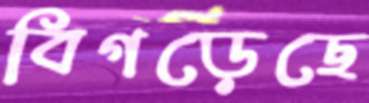
বিগড়েছে